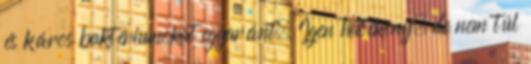
és káros baktériumokat egyaránt. Igen hatékony, de nem túl